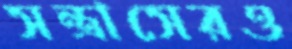
সন্ত্রাসেরও